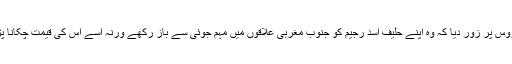
امریکا نے روس پر زور دیا کہ وہ اپنے حلیف اسد رجیم کو جنوب مغربی علاقوں میں مہم جوئی سے باز رکھے ورنہ اسے اس کی قیمت چکانا پڑ سکتی ہے۔